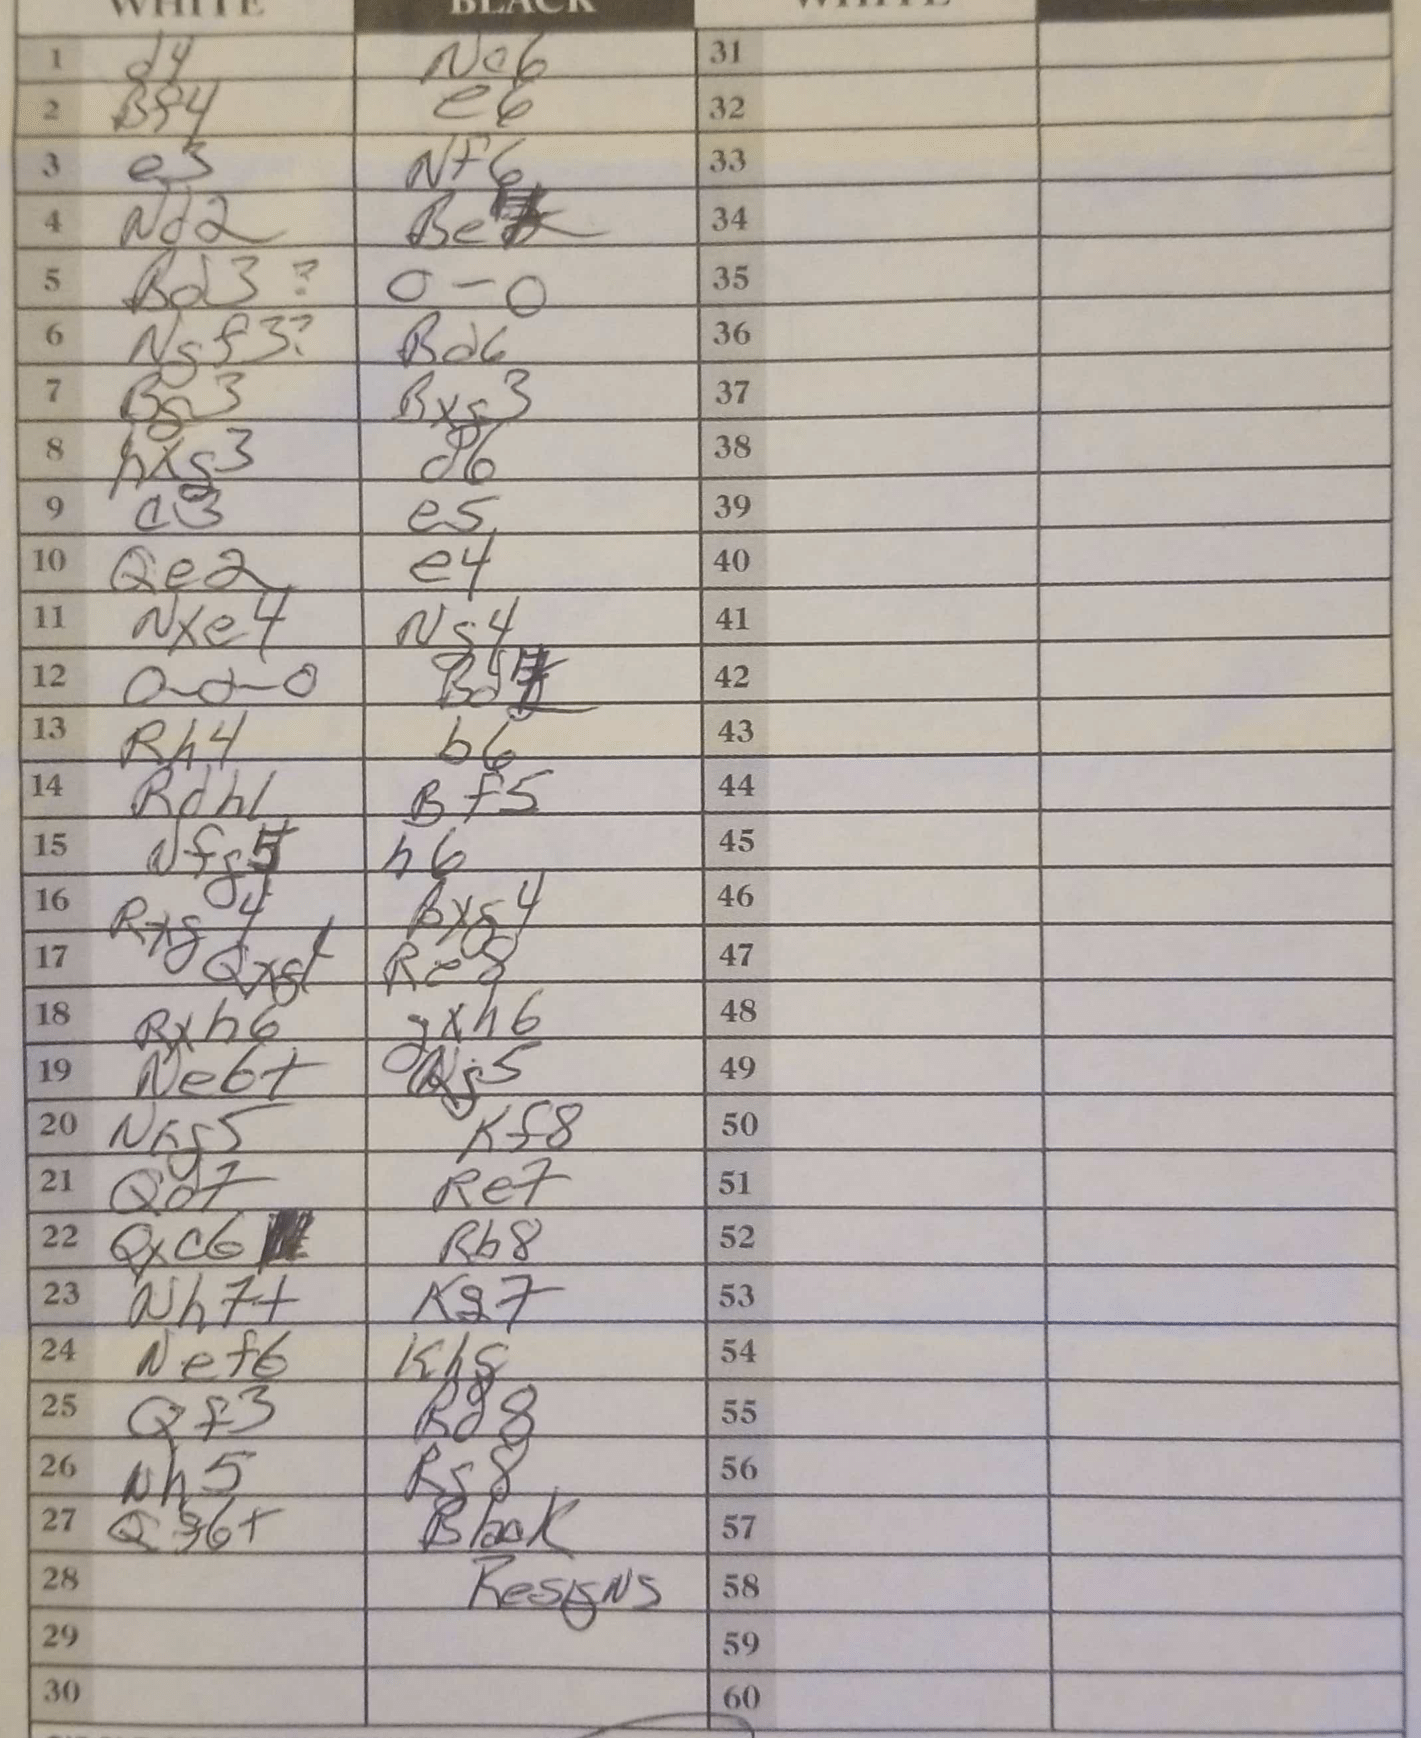
Moves: d4 Ne6 Bf4 e6 e3 Nf6 Nd2 Be4 Bd3 O-O Ngf3 Bd6 Bg3 Bxg3 hxg3 d6 a3 e5 Qe2 e4 Nxe4 Ng4 O-O-O Bd7 Rh4 b6 Rdh1 Bf5 Nfg5 h6 Rxg4 Bxg4 Qxg1 Re8 Rxh6 gxh6 Ne6+ Qg5 Nxg5 Kf8 Qd7 Re7 Qxc6 Rb8 Nh7+ Kg7 Nef6 Kh8 Qf3 Rd8 Nh5 Rg8 Qf6+